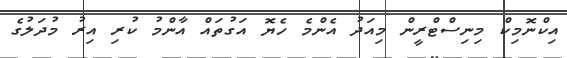
އިކްނޮމިކް މިނިސްޓްރީން މިއަދު އެންމެ ހެޔޮ އަގުތައް އާންމު ކުރި އިރު މުދަލުގެ